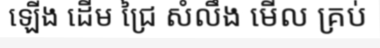
ឡើង ដើម ជ្រៃ សំលឹង មើល គ្រប់